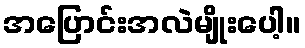
အပြောင်းအလဲမျိုးပေါ့။